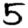
Digit: 5